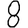
Digit: 8